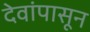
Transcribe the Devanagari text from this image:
देवांपासून